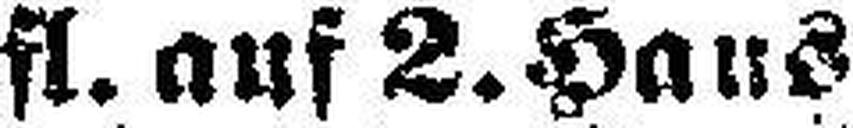
60.—70,000 fl. auf 2. Haus¬